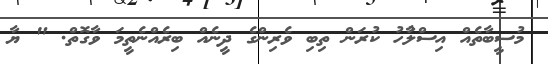
މުސީބާތެއް އިސްލާުހު ކުރަން ތިބި ވެރިންގެ ދީނެއް ބިރެއްނެތީމަ ވާގޮތް. " ޔާ